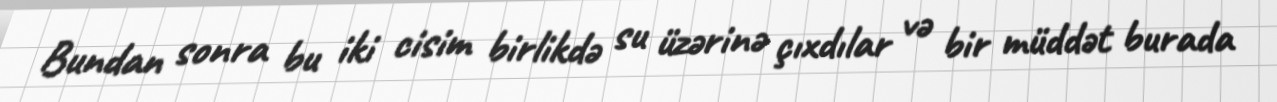
Bundan sonra bu iki cisim birlikdə su üzərinə çıxdılar və bir müddət burada